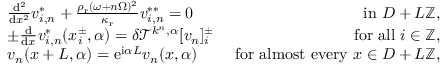
\begin{array} { r l r } & { \frac { \mathrm { d } ^ { 2 } } { \mathrm { d } x ^ { 2 } } v _ { i , n } ^ { * } + \frac { \rho _ { \mathrm { r } } ( \omega + n \Omega ) ^ { 2 } } { \kappa _ { \mathrm { r } } } v _ { i , n } ^ { * * } = 0 } & { \mathrm { ~ i n ~ } D + L \mathbb { Z } , } \\ & { \pm \frac { \mathrm { d } } { \mathrm { d } x } v _ { i , n } ^ { * } ( x _ { i } ^ { \pm } , \alpha ) = \delta \mathcal { T } ^ { k ^ { n } , \alpha } [ v _ { n } ] _ { i } ^ { \pm } } & { \mathrm { ~ f o r ~ a l l ~ } i \in \mathbb { Z } , } \\ & { v _ { n } ( x + L , \alpha ) = \mathrm { e } ^ { \mathrm { i } \alpha L } v _ { n } ( x , \alpha ) } & { \mathrm { ~ f o r ~ a l m o s t ~ e v e r y ~ } x \in D + L \mathbb { Z } , } \end{array}